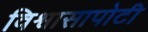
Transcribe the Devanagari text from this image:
विश्वासापोटी